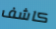
كاشف